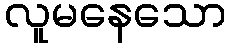
လူမနေသော